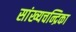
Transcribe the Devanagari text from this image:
सांख्‍यचन्द्रिका